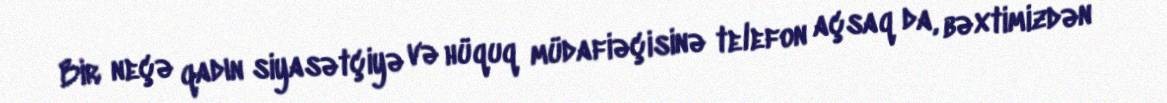
Bir neçə qadın siyasətçiyə və hüquq müdafiəçisinə telefon açsaq da, bəxtimizdən